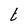
Character: t